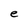
Character: e